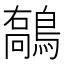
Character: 𪄘